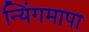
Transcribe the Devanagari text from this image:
न्यिंगमापा